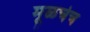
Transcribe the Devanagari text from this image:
मूळचेच